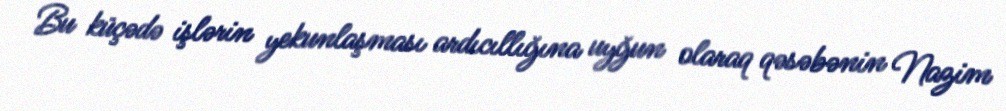
Bu küçədə işlərin yekunlaşması ardıcıllığına uyğun olaraq qəsəbənin Nazim